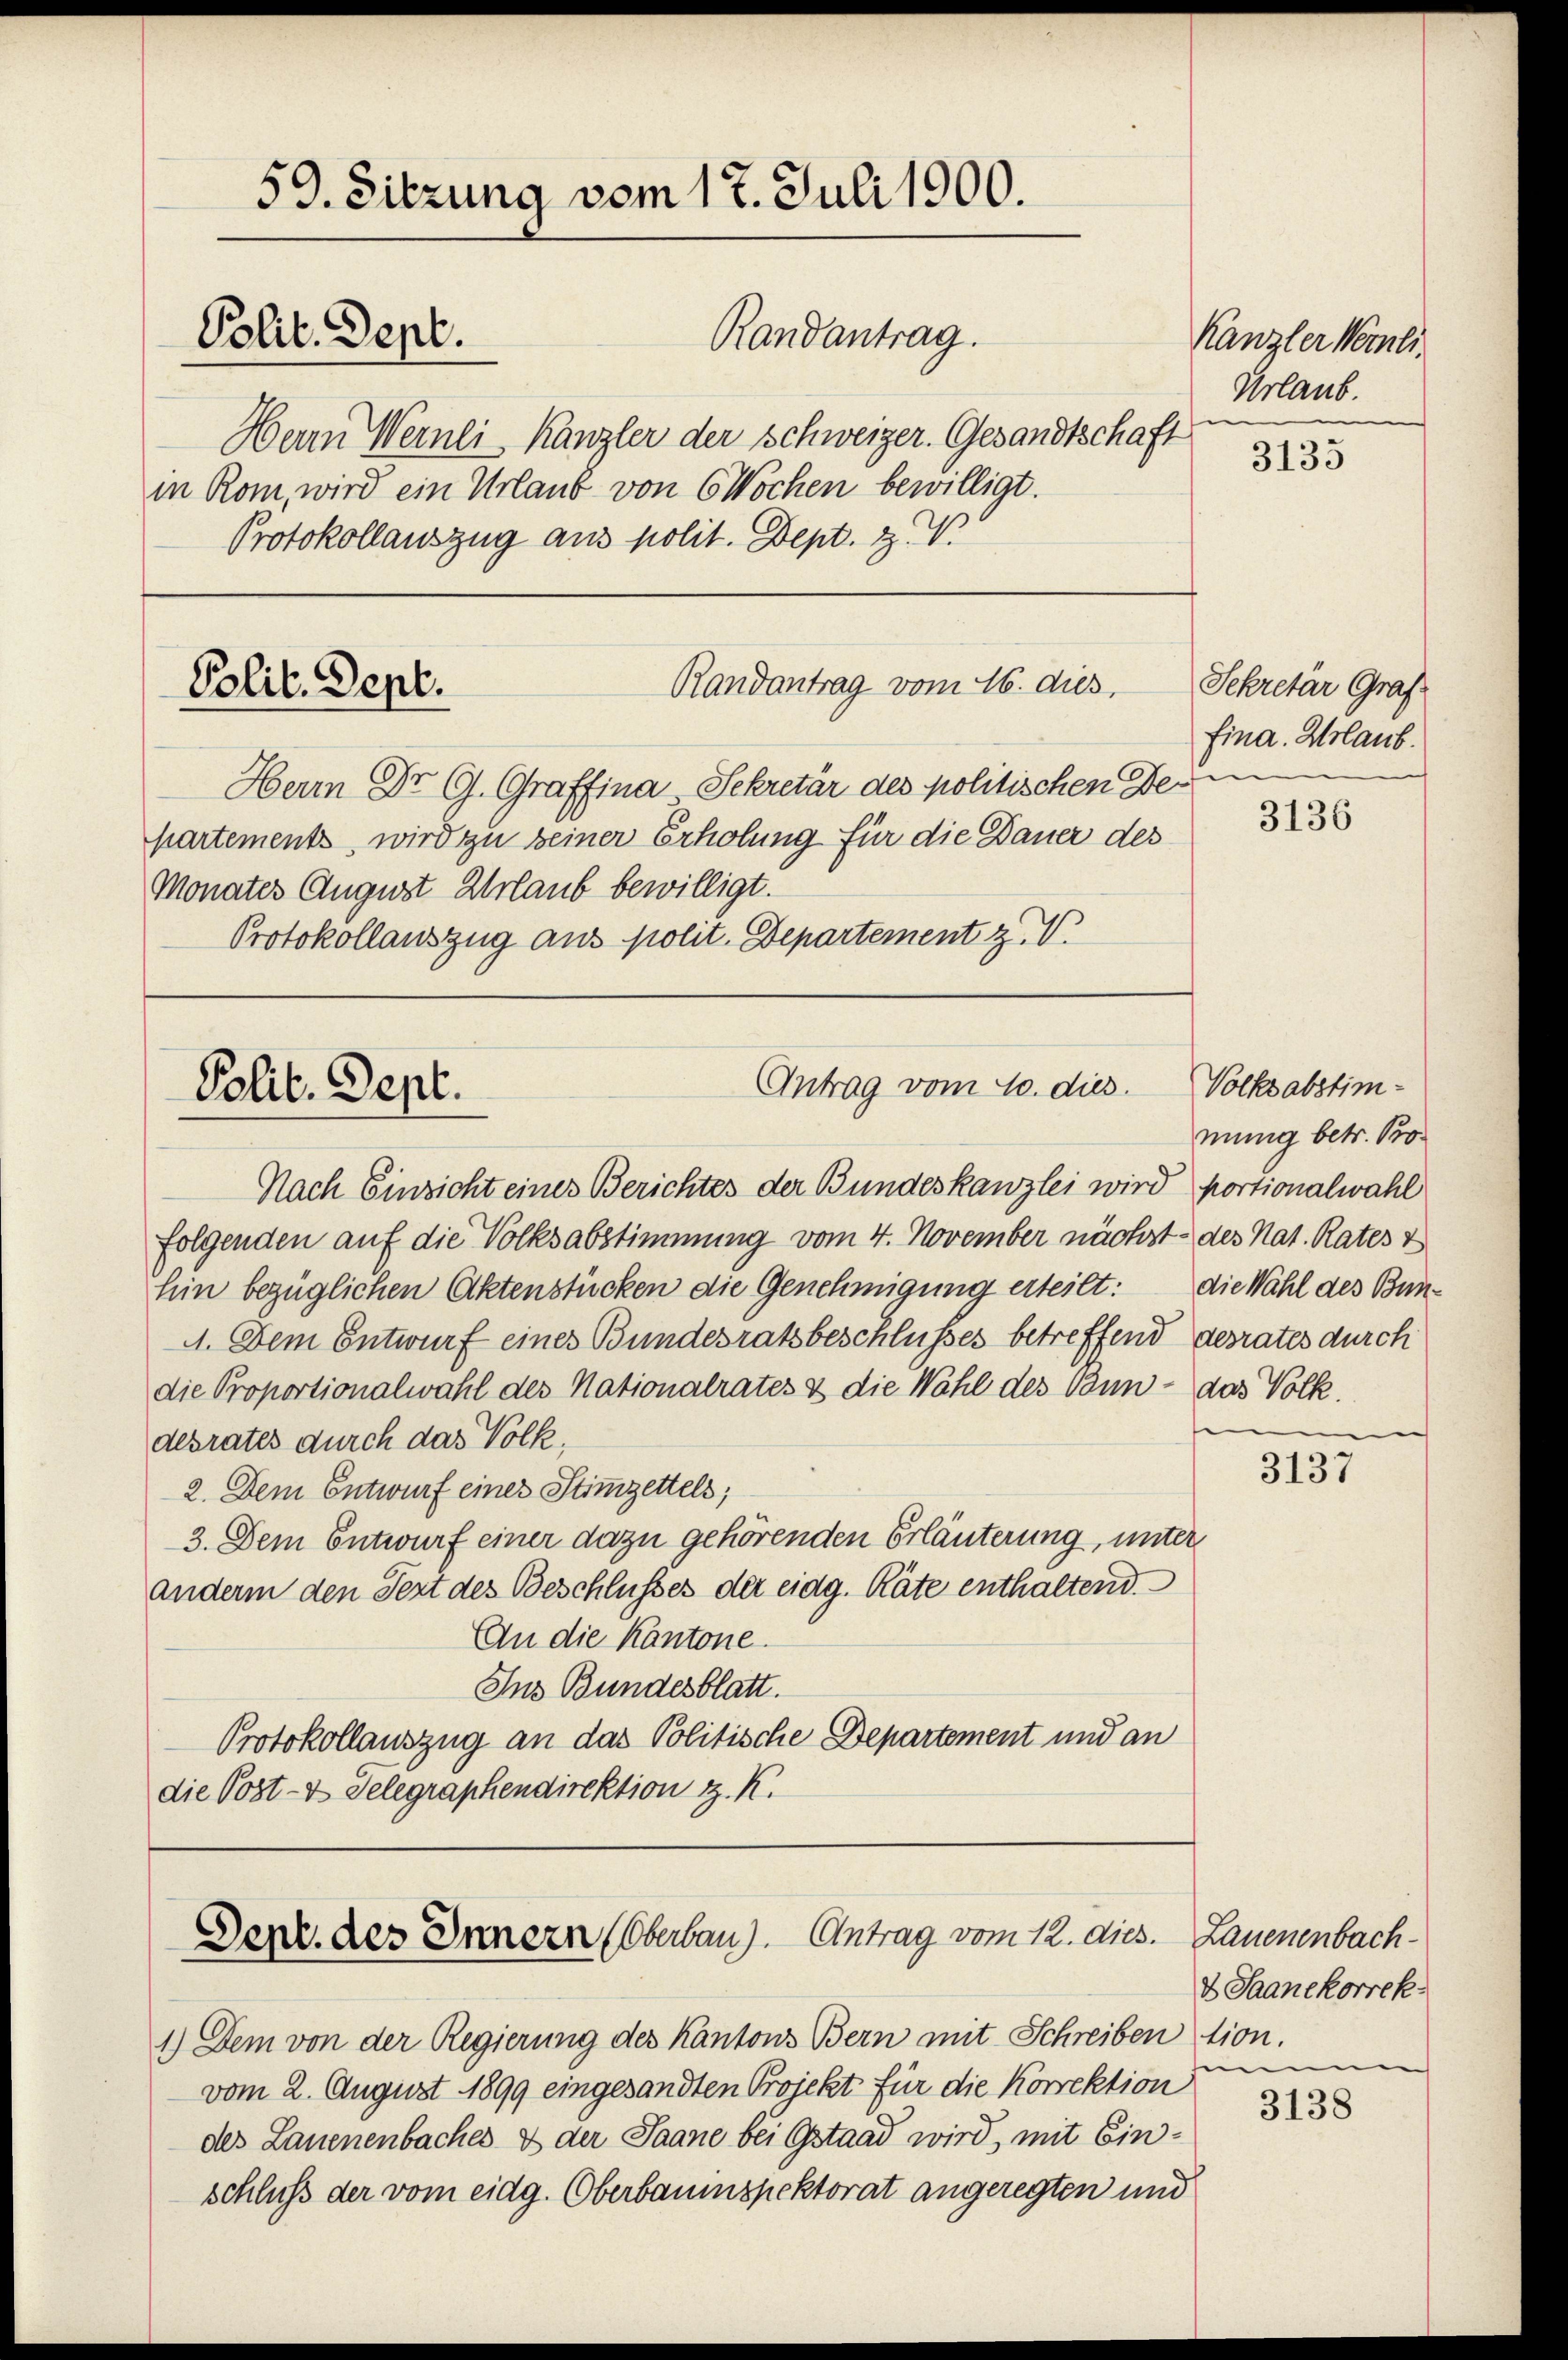
59. Sitzung vom 17. Juli 1900.
Polit. Sept.
Randantrag.
Herrn Wernei Kanzler der Schweizer. Gesandtschaft

in Rom, wird ein Urlaub von 6 Wochen bewilligt.
Protokollauszug aus polit. Dept. Z. V.

Randantrag vom 16. dies
Polit. Sept.

Polit. Sept.

Herrn Dr G. Graffina Sekretär des politischen Beri
partements, wird zu seiner Erholung für die Dauer des
Monates August Urlaub bewilligt.
Protokollauszug aus polit. Departement z. V.

Antrag vom 10. dies

Nach Einsicht eines Berichtes der Bundeskanzlei wird portionalwahl
folgenden auf die Volksabstimmung vom 4. November nächst des Nat. Rates &
hin bezüglichen Aktenstücken die Genehmigung erteilt: die Wahl des Bun¬
A. Dem Entwurf eines Bundesratsbeschlusses betreffend desrates durch
die Proportionalwahl des Nationalrates & die Wahl des Bun - das Volk.
desrates durch das Volk,
2. Dem Entwurf einer Stimmzettels;
3. Dem Entwurf einer dazu gehörenden Erläuterung, unter
anderm den Pert des Beschlusses der eidg. Räte enthaltend.
An die Kantone.
Ins Bundesblatt.
Protokollauszug an das Politische Departement und an
die Post- & Telegraphendirektion z. K.

Dept. des Innern (Oberbau). Antrag vom 12. dies.

1.) Dem von der Regierung des Kantons Bern mit Schreibention.
vom 2. August 1899 eingesandten Projekt für die Korrektion
des Lauenenbaches & der Saane bei Gstaad wird, mit Einschluß der vom eidg. (Oberbauenspektorat angeregten und

Kanzler Neinli
Urlaub.
3135

Sekretär Graf
fina. Urlaub.

3136

Volksabstimmung betr. Pro

3137

Lauenenbachd Saanekorrek
m

3138